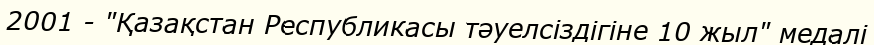
2001 - "Қазақстан Республикасы тәуелсіздігіне 10 жыл" медалі